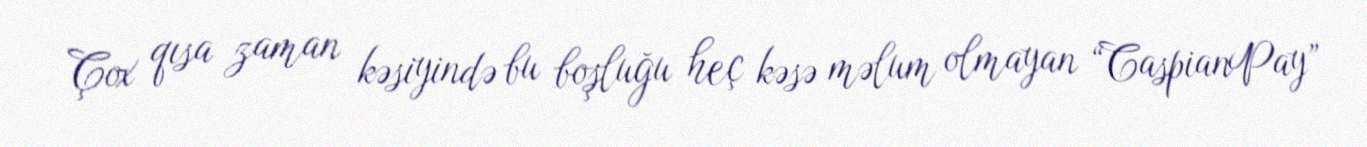
Çox qısa zaman kəsiyində bu boşluğu heç kəsə məlum olmayan “CaspianPay”